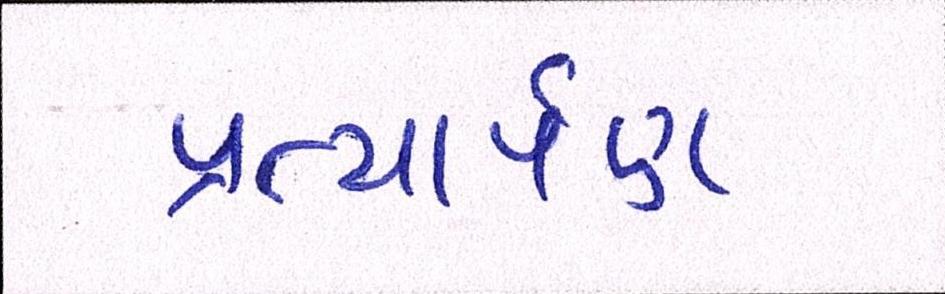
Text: પ્રત્યાર્પણ